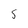
Character: 5